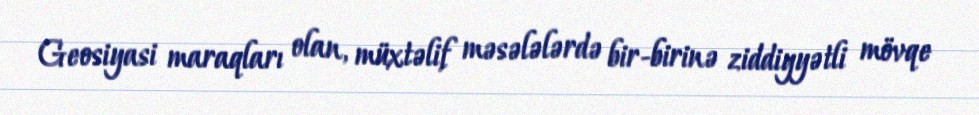
Geosiyasi maraqları olan, müxtəlif məsələlərdə bir-birinə ziddiyyətli mövqe